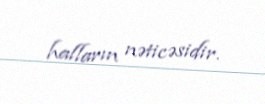
halların nəticəsidir.